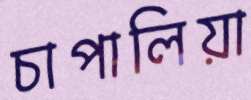
চাপালিয়া